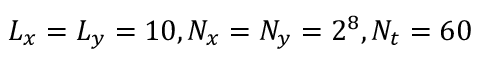
L _ { x } = L _ { y } = 1 0 , N _ { x } = N _ { y } = 2 ^ { 8 } , N _ { t } = 6 0